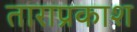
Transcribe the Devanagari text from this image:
ताराप्रकाश